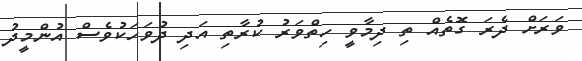
ވަރަށް ދެރަ ގޮތެއް ތި ދިމާވީ ހިތްވަރު ކުރާތި އަދި ދުވަހަކުވެސް އުންމީދު